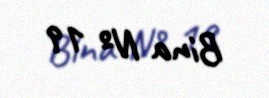
Bina № 19